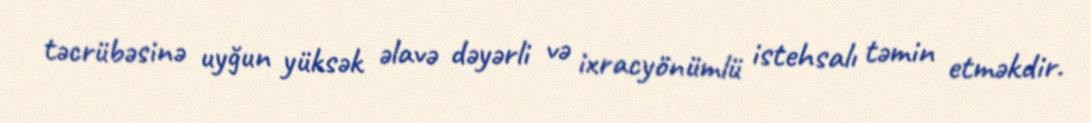
təcrübəsinə uyğun yüksək əlavə dəyərli və ixracyönümlü istehsalı təmin etməkdir.